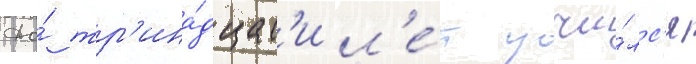
До́ тр'ина́дцат'и л'е́т учи́лс'я